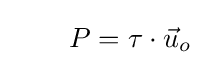
\qquad P=\tau \cdot {\vec {u}}_{o}